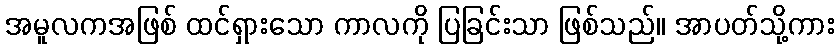
အမူလကအဖြစ် ထင်ရှားသော ကာလကို ပြခြင်းသာ ဖြစ်သည်။ အာပတ်သို့ကား